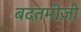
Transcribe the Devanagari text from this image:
बदतमीज़ी